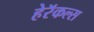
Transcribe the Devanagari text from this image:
हेरॅकल्स